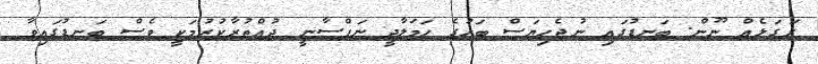
ރަގަޅެއް ނޫން. ބަނޑުގައި ނުޖެހިޔަސް ބަހުގެ ހަމަލާދީ ނަފްސާނީ ދުއްތުރާކުރުމަކީ ވެސް ބަނޑުގައިވާ